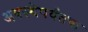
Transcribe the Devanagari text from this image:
अवस्थेपर्यंतचा